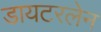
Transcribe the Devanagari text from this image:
डायटरलेन